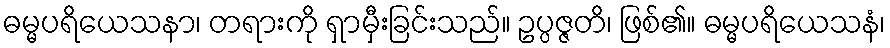
ဓမ္မပရိယေသနာ၊ တရားကို ရှာမှီးခြင်းသည်။ ဥပ္ပဇ္ဇတိ၊ ဖြစ်၏။ ဓမ္မပရိယေသနံ၊